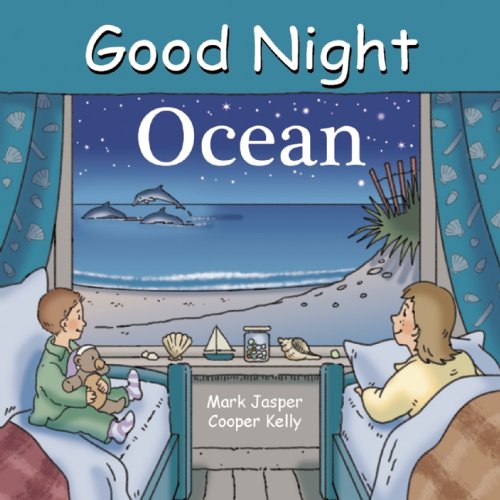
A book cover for Good Night Ocean (Good Night Our World); Mark Jasper; Children's Books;